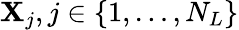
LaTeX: \mathbf{{X}}_{j},j\in\{ 1,\ldots,N_{L}\}